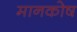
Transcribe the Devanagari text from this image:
मानकोष